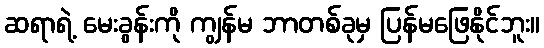
ဆရာရဲ့ မေးခွန်းကို ကျွန်မ ဘာတစ်ခုမှ ပြန်မဖြေနိုင်ဘူး။